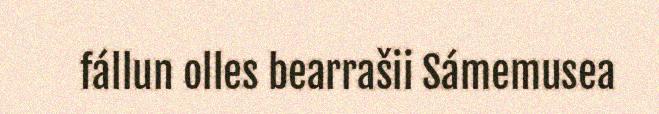
fállun olles bearrašii Sámemusea